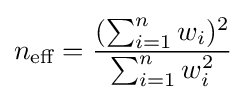
n_{\text{eff}}={\frac {(\sum _{i=1}^{n}w_{i})^{2}}{\sum _{i=1}^{n}w_{i}^{2}}}